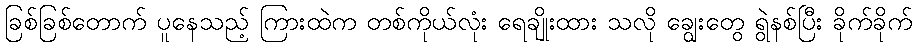
ခြစ်ခြစ်တောက် ပူနေသည့် ကြားထဲက တစ်ကိုယ်လုံး ရေချိုးထား သလို ချွေးတွေ ရွဲနစ်ပြီး ခိုက်ခိုက်